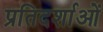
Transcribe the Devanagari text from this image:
प्रतिदर्शाओं